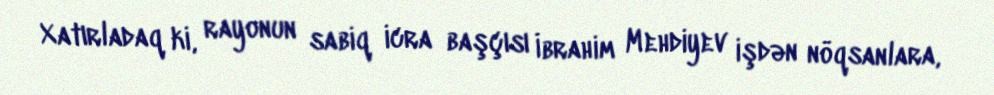
Xatırladaq ki, rayonun sabiq icra başçısı İbrahim Mehdiyev işdən nöqsanlara,